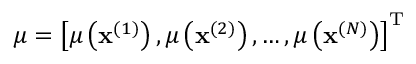
\boldsymbol { \mu } = \left[ \mu \left( \mathbf { x } ^ { ( 1 ) } \right) , \mu \left( \mathbf { x } ^ { ( 2 ) } \right) , \ldots , \mu \left( \mathbf { x } ^ { ( N ) } \right) \right] ^ { \mathrm { T } }